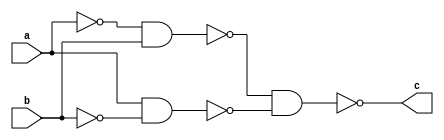
`timescale 1ns / 1ps

module adder(
    input a,
    input b,
    output c
);

    wire not_a, not_b, y1, y2;
    
    nand(not_a, a, a);
    nand(not_b, b, b);
    
    nand(y1, not_a, b);
    nand(y2, a, not_b);
    
    nand(c, y1, y2);
    
endmodule